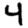
Digit: 4